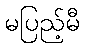
မပြည့်မီ